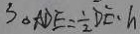
S _ { \Delta A D E } = \frac { 1 } { 2 } D E \cdot h